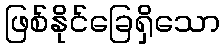
ဖြစ်နိုင်ခြေရှိသော